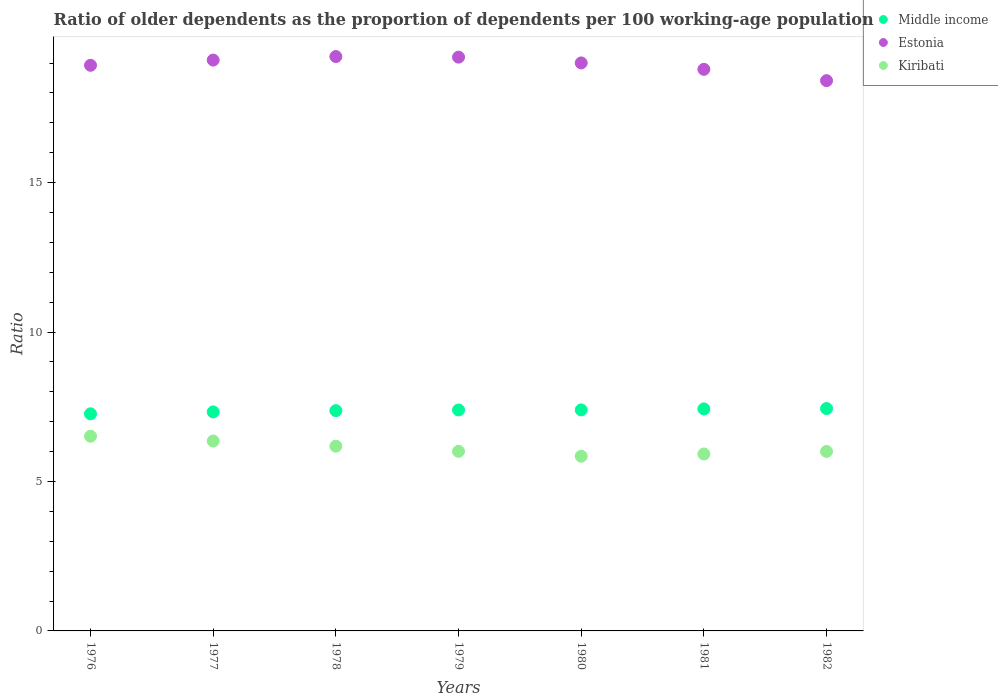
| Years | Middle income | Estonia | Kiribati |
 | --- | --- | --- | --- |
 | 1976 | 7.26 | 18.9 | 6.51 |
 | 1977 | 7.33 | 19.1 | 6.35 |
 | 1978 | 7.37 | 19.2 | 6.18 |
 | 1979 | 7.39 | 19.2 | 6.01 |
 | 1980 | 7.39 | 19 | 5.85 |
 | 1981 | 7.43 | 18.8 | 5.92 |
 | 1982 | 7.44 | 18.4 | 6.01 |